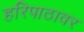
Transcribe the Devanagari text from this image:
हरिपाठावर